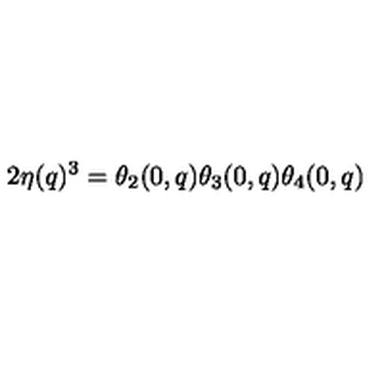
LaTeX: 2 \eta ( q ) ^ { 3 } = \theta _ { 2 } ( 0 , q ) \theta _ { 3 } ( 0 , q ) \theta _ { 4 } ( 0 , q )